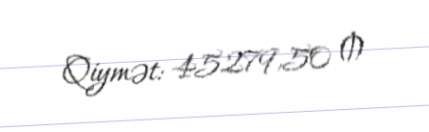
Qiymət: 45279,50 ₼